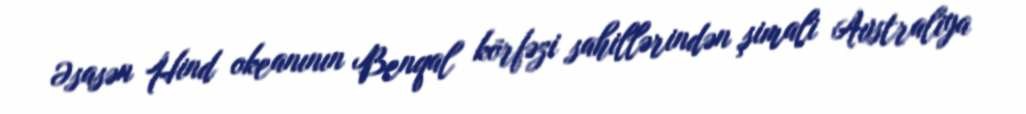
Əsasən Hind okeanının Benqal körfəzi sahillərindən şimali Avstraliya